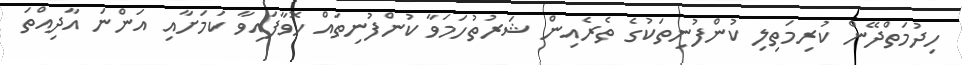
ހިދުމަތްދޭން ކުރިމަތިލި ކުންފުނިތަކުގެ ތެރެއިން ޝަރުތުހަމަވާ ކުންފުނިތައް ހޮވާފައިވާ ކަމަށާއި އަންނަ އާދިއްތަ